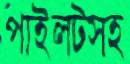
পাইলটসহ